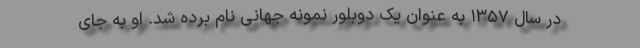
در سال ۱۳۵۷ به عنوان یک دوبلور نمونه جهانی نام برده شد. او به جای